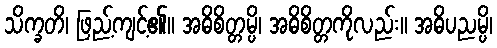
သိက္ခတိ၊ ဖြည့်ကျင့်၏။ အဓိစိတ္တမ္ပိ၊ အဓိစိတ္တကိုလည်း။ အဓိပညမ္ပိ၊